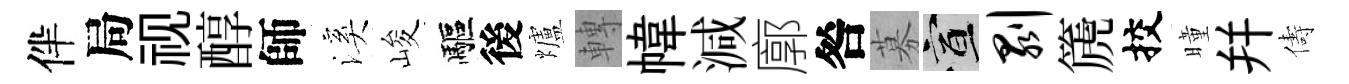
伴局视醇師溪峻驅後爐轉幃減廓咎募宣剥篪挍曈幷儔